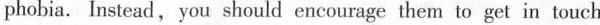
phobia. Instead, you should encourage them to get in touch